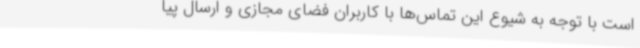
است با توجه به شیوع این تماس‌ها با کاربران فضای مجازی و ارسال پیا